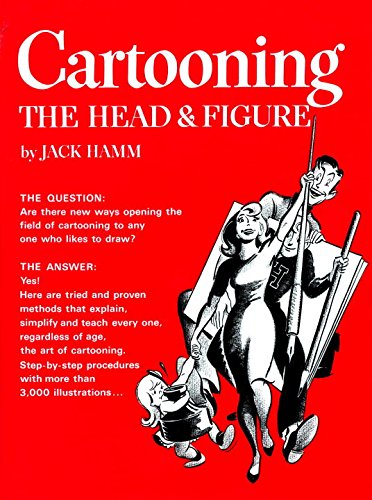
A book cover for Cartooning the Head and Figure; Jack Hamm; Comics & Graphic Novels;